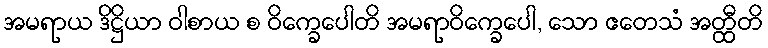
အမရာယ ဒိဋ္ဌိယာ ဝါစာယ စ ဝိက္ခေပေါတိ အမရာဝိက္ခေပေါ, သော ဧတေသံ အတ္ထီတိ